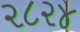
૨૮૨૪